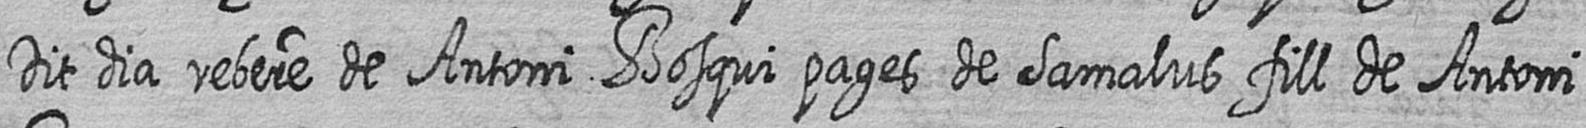
Dit dia rebere de Antoni Bosqui pages de Samalus fill de Antoni